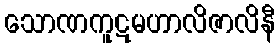
သောဏကူဋမဟာလိဇာလိနီ